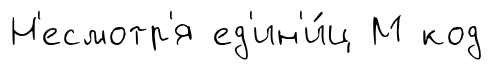
Н'есмотр'я ед'ин'и́ц М код